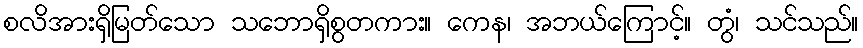
စလိအားရှိမြတ်သော သဘောရှိစွတကား။ ကေန၊ အဘယ်ကြောင့်။ တွံ၊ သင်သည်။